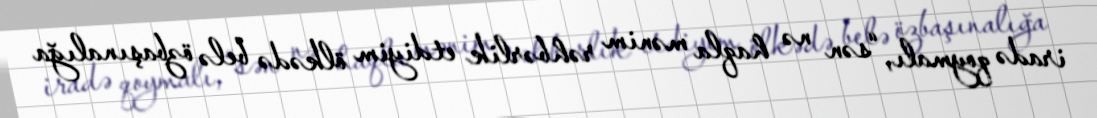
iradə qoymalı, “sən nə haqla mənim rəhbərlik etdiyim ölkədə belə özbaşınalığa